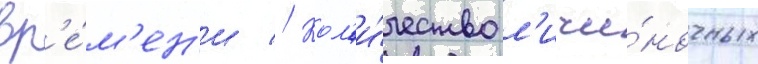
вр'е́м'ен'и // Кол'и́чество л'ичи́ночных